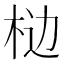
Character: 𰗥